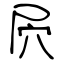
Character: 屄